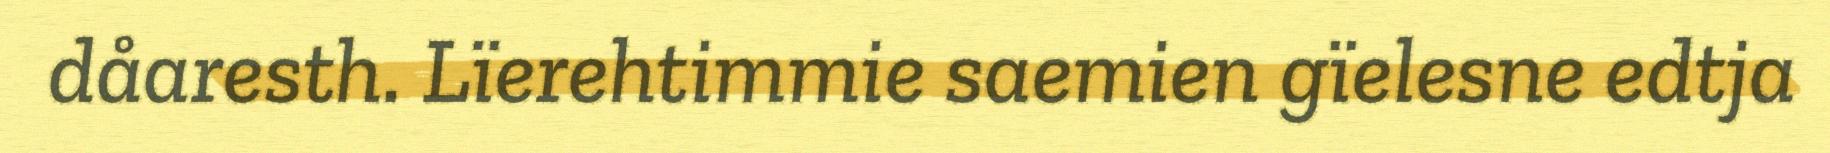
dåaresth. Lïerehtimmie saemien gïelesne edtja